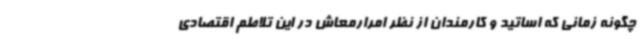
چگونه زمانی که اساتید و کارمندان از نظر امرارمعاش در این تلاطم اقتصادی